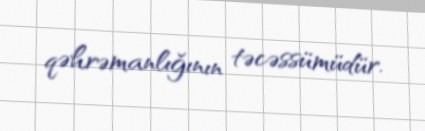
qəhrəmanlığının təcəssümüdür.